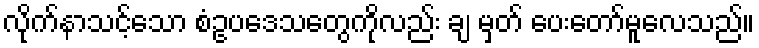
လိုက်နာသင့်သော စံဥပဒေသတွေကိုလည်း ချ မှတ် ပေးတော်မူလေသည်။